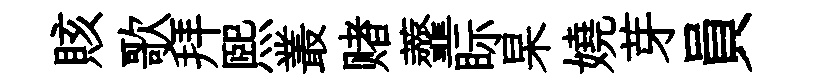
賅歌拜熙叢赌虀眎杲嬈芽員